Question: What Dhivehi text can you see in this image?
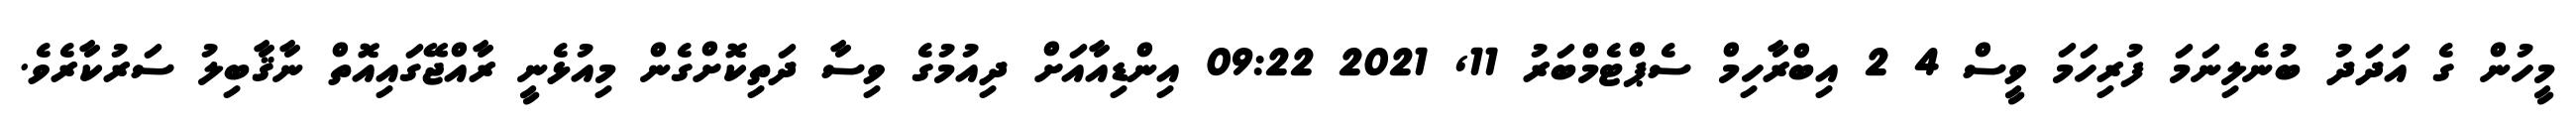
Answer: މީހުން ގެ އަދަދު ބުނެލިނަމަ ފުރިހަމަ ވީސް 4 2 އިބްރާހިމް ސެޕްޓެމްބަރު 11, 2021 09:22 އިންޑިއާއަށް ދިއުމުގެ ވިސާ ދަތިކޮށްގެން މިއުޅެނީ ރާއްޖޭގައިއޮތް ނާޤާބިލު ސަރުކާރެވެ.